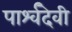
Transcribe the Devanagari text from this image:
पार्श्वदेवी